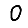
Digit: 0